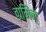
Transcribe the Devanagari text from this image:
ग्रमिन्